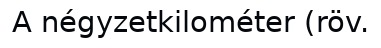
A négyzetkilométer (röv.